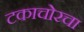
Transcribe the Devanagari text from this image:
टकाचोरचा